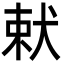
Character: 𭸋